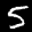
Label: 5